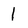
Character: 1